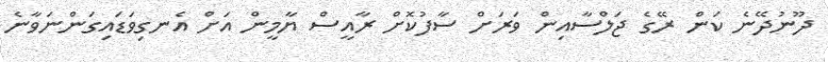
ދޫނުދޭނެ ކަން ރޭގެ ޖަލްސާއިން ވަރަށް ސާފުކޮށް ރާއީސް ޔާމީން އަށް އެނގިވަޑައިގަންނަވާނެ